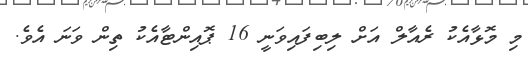
މި މޮޅާއެކު ރެއާލް އަށް ލިބިފައިވަނީ 16 ޕޮއިންޓާއެކު ތިން ވަނަ އެވެ.